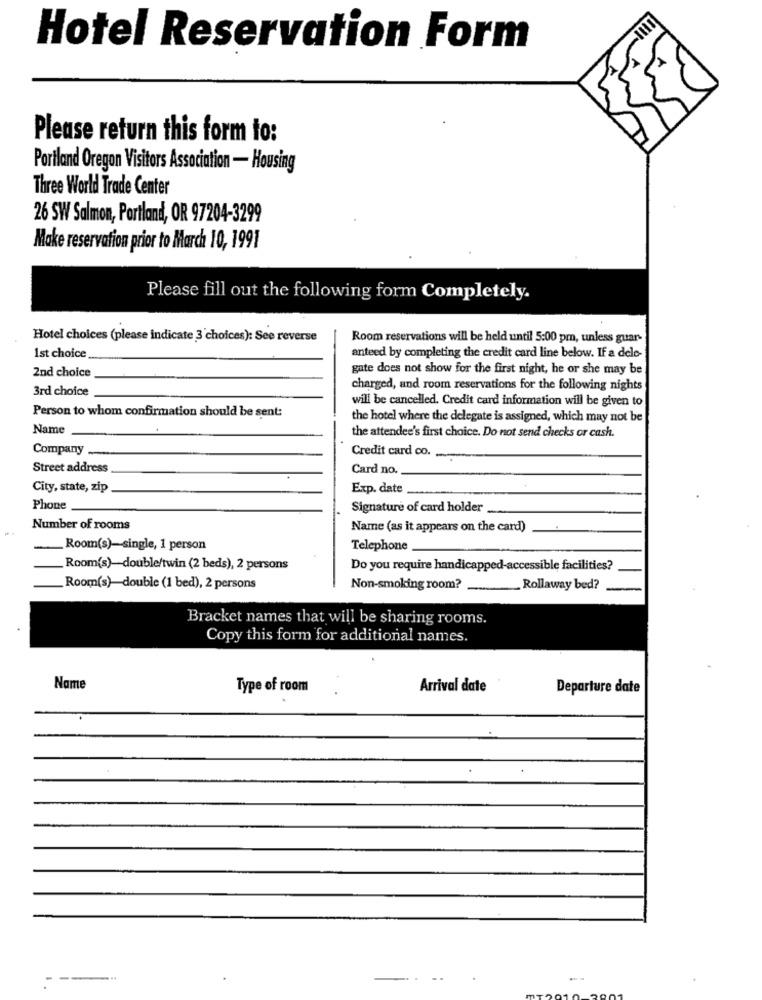
Hotel Reservation Form
Please return this form to:
Portland Oregon Visitors Association - Housing
Three World Trade Center
26 SW Salmon, Portland, OR 97204-3299
Make reservation prior to March 10, 1991
Please fill out the following form Completely.
Hotel choices (please indicate 3'choices): See reverse
Room reservations will be held until 5:00 pm, unless guar-
1st choice
anteed by completing the credit card line below. If a dele-
2nd choice
gate does not show for the first night, he or she may be
3rd choice
charged, and room reservations for the following nights
will be cancelled. Credit card information will be given to
Person to whom confirmation should be sent:
the hotel where the delegate is assigned, which may not be
Name
the attendee's first choice. Do not send checks or cash.
Company
Credit card co .-
Street address
Card no.
City, state, zip
Exp. date
Phone
Signature of card holder
Number of rooms
Name (as it appears on the card)
Room(s)-single, 1 person
Telephone
Room(s)-double/twin (2 beds), 2 persons
Do you require handicapped-accessible facilities?
Room(s)-double (1 bed), 2 persons
Non-smoking room?
Rollaway bed?
Bracket names that will be sharing rooms.
Copy this form for additional names.
Name
Type of room
Arrival date
Departure date